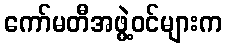
ကော်မတီအဖွဲ့ဝင်များက